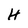
Character: H